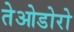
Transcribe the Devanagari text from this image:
तेओडोरो